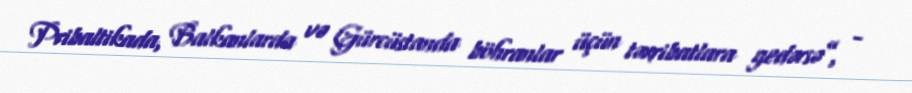
Pribaltikada, Balkanlarda və Gürcüstanda böhranlar üçün təxribatlara gedərsə”, -